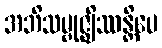
အဘိသမ္ဗုဇ္ဈိဿန္တိပေ